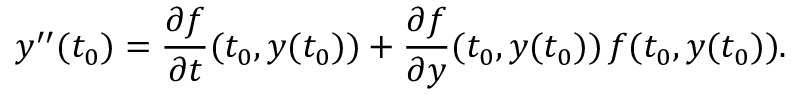
y ^ { \prime \prime } ( t _ { 0 } ) = { \frac { \partial f } { \partial t } } ( t _ { 0 } , y ( t _ { 0 } ) ) + { \frac { \partial f } { \partial y } } ( t _ { 0 } , y ( t _ { 0 } ) ) \, f ( t _ { 0 } , y ( t _ { 0 } ) ) .